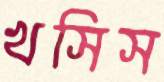
খসিস